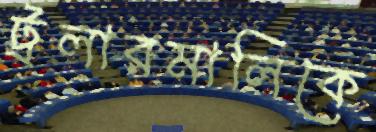
ট্রলারমালিকে